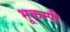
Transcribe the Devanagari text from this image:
भूकम्पी